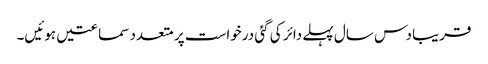
قریبا دس سال پہلے دائر کی گئی درخواست پر متعدد سماعتیں ہوئیں۔